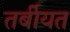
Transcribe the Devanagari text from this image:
तर्बीयत